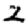
Digit: 2